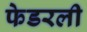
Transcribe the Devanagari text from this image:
फेडरली